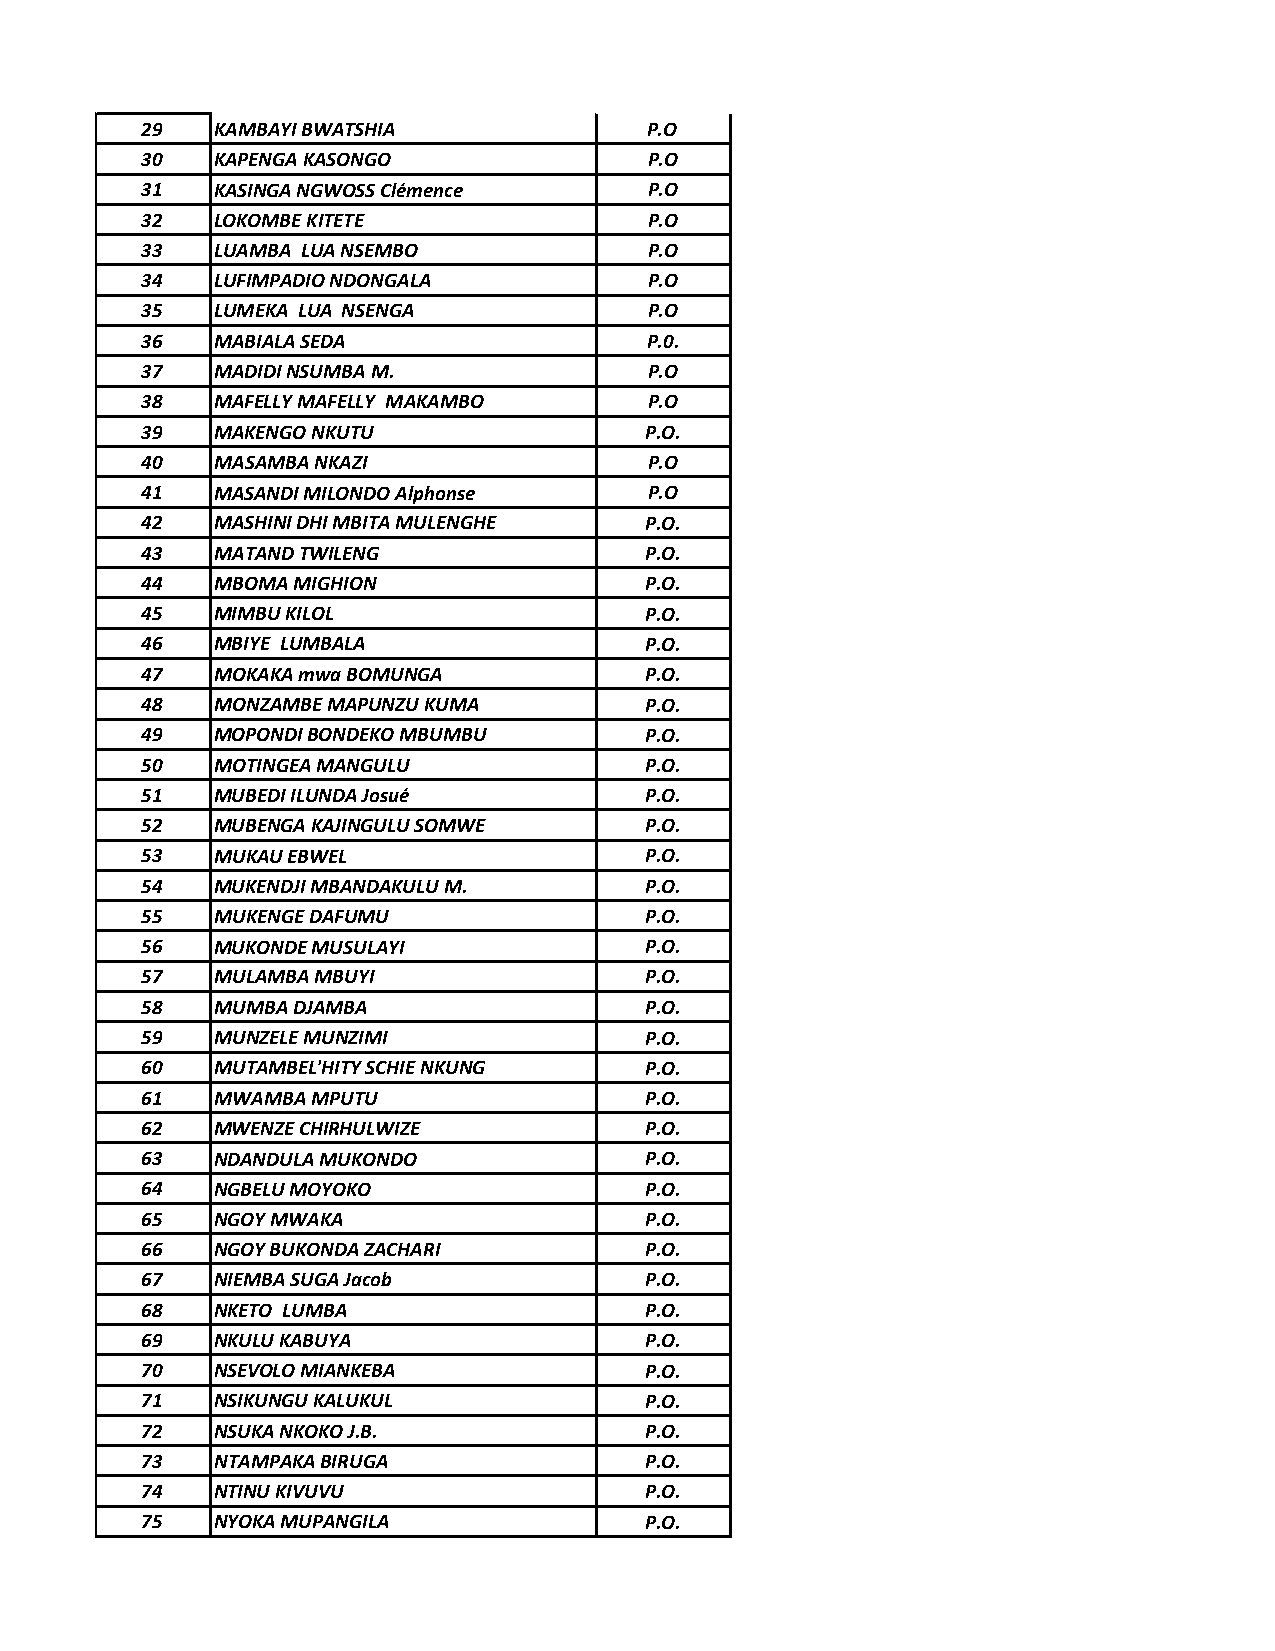
29   KAMBAYI BWATSHIA             P.O
 30   KAPENGA KASONGO              P.O
 31   KASINGA NGWOSS Clémence      P.O
 32   LOKOMBE KITETE               P.O
 33   LUAMBA LUA NSEMBO            P.O
 34   LUFIMPADIO NDONGALA          P.O
 35   LUMEKA LUA NSENGA            P.O
 36   MABIALA SEDA                 P.0.
 37   MADIDI NSUMBA M.             P.O
 38   MAFELLY MAFELLY MAKAMBO      P.O
 39   MAKENGO NKUTU                P.O.
 40   MASAMBA NKAZI                P.O
 41   MASANDI MILONDO Alphonse     P.O
 42   MASHINI DHI MBITA MULENGHE   P.O.
 43   MATAND TWILENG               P.O.
 44   MBOMA MIGHION                P.O.
 45   MIMBU KILOL                  P.O.
 46   MBIYE LUMBALA                P.O.
 47   MOKAKA mwa BOMUNGA           P.O.
 48   MONZAMBE MAPUNZU KUMA        P.O.
 49   MOPONDI BONDEKO MBUMBU       P.O.
 50   MOTINGEA MANGULU             P.O.
 51   MUBEDI ILUNDA Josué          P.O.
 52   MUBENGA KAJINGULU SOMWE      P.O.
 53   MUKAU EBWEL                  P.O.
 54   MUKENDJI MBANDAKULU M.       P.O.
 55   MUKENGE DAFUMU               P.O.
 56   MUKONDE MUSULAYI             P.O.
 57   MULAMBA MBUYI                P.O.
 58   MUMBA DJAMBA                 P.O.
 59   MUNZELE MUNZIMI              P.O.
 60   MUTAMBEL'HITY SCHIE NKUNG    P.O.
 61   MWAMBA MPUTU                 P.O.
 62   MWENZE CHIRHULWIZE           P.O.
 63   NDANDULA MUKONDO             P.O.
 64   NGBELU MOYOKO                P.O.
 65   NGOY MWAKA                   P.O.
 66   NGOY BUKONDA ZACHARI         P.O.
 67   NIEMBA SUGA Jacob            P.O.
 68   NKETO LUMBA                  P.O.
 69   NKULU KABUYA                 P.O.
 70   NSEVOLO MIANKEBA             P.O.
 71   NSIKUNGU KALUKUL             P.O.
 72   NSUKA NKOKO J.B.             P.O.
 73   NTAMPAKA BIRUGA              P.O.
 74   NTINU KIVUVU                 P.O.
 75   NYOKA MUPANGILA              P.O.